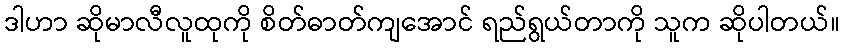
ဒါဟာ ဆိုမာလီလူထုကို စိတ်ဓာတ်ကျအောင် ရည်ရွယ်တာကို သူက ဆိုပါတယ်။